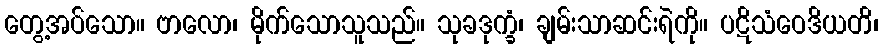
တွေ့အပ်သော။ ဗာလော၊ မိုက်သောသူသည်။ သုခဒုက္ခံ၊ ချမ်းသာဆင်းရဲကို။ ပဋိသံဝေဒိယတိ၊